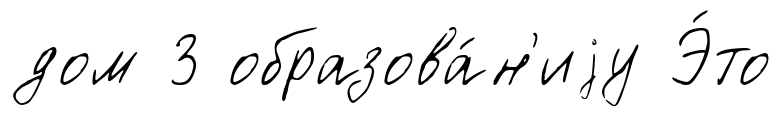
дом 3 образова́н'иjу Э́то